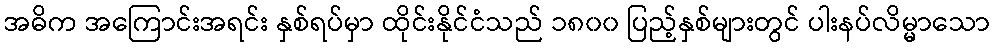
အဓိက အကြောင်းအရင်း နှစ်ရပ်မှာ ထိုင်းနိုင်ငံသည် ၁၈၀၀ ပြည့်နှစ်များတွင် ပါးနပ်လိမ္မာသော